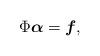
LaTeX: \begin{align*}\Phi \boldsymbol{\alpha}= \boldsymbol{f},\end{align*}